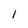
Character: l